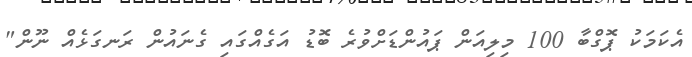
އެކަމަކު ޕޮގްބާ 100 މިލިއަން ޕައުންޑަށްވުރެ ބޮޑު އަގެއްގައި ގެނައުން ރަނގަޅެއް ނޫން"